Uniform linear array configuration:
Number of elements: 64
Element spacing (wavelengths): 0.5
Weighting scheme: uniform
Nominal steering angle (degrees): -30
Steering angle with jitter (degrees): -29.17
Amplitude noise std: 0.05
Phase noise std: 0.05

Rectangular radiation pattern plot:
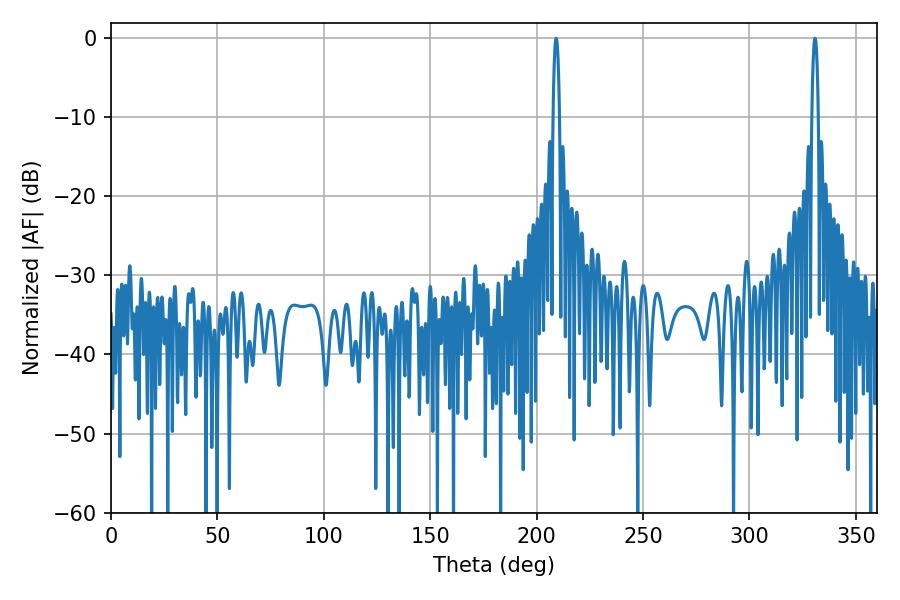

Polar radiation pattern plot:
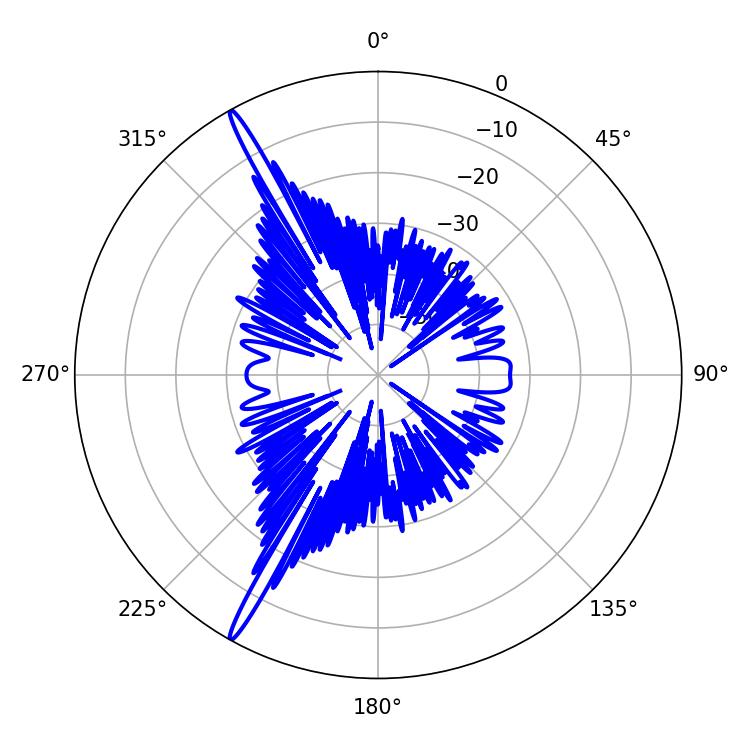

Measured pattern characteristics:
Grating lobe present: FALSE
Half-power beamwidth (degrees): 1.62
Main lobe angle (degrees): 209.16